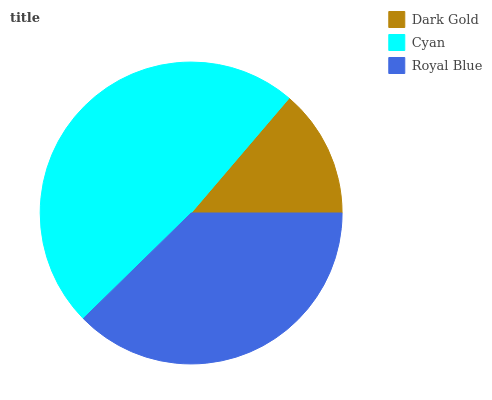
| Dark Gold | Cyan | Royal Blue |
 | --- | --- | --- |
 | 13.7% | 48.5% | 37.7% |